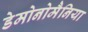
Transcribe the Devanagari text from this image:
डेमोनोमैनिया